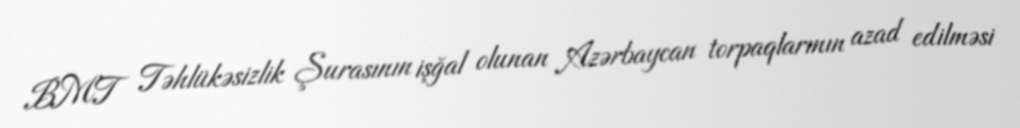
BMT Təhlükəsizlik Şurasının işğal olunan Azərbaycan torpaqlarının azad edilməsi